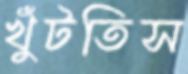
খুঁটতিস